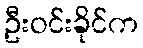
ဦးဝင်းခိုင်က